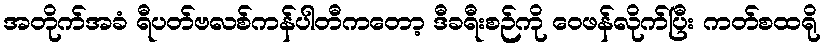
အတိုက်အခံ ရီပတ်ဗလစ်ကန်ပါတီကတော့ ဒီခရီးစဉ်ကို ဝေဖန်လိုက်ပြီး ကတ်စထရို